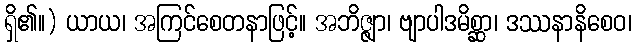
ရှိ၏။) ယာယ၊ အကြင်စေတနာဖြင့်။ အဘိဇ္ဇျာ၊ ဗျာပါဒမိစ္ဆာ၊ ဒဿနာနိစေဝ၊